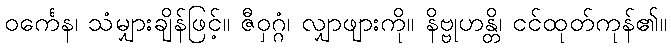
ဝင်္ကေန၊ သံမျှားချိန်ဖြင့်။ ဇီဝှဂ္ဂံ၊ လျှာဖျားကို။ နိဗ္ဗုဟန္တိ၊ ငင်ထုတ်ကုန်၏။